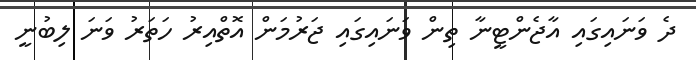
ދެ ވަނައިގައި އާޖެންޓީނާ ތިން ވަނައިގައި ޖަރުމަން އޮތްއިރު ހަތަރު ވަނަ ލިބުނީ